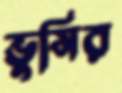
ভুসির